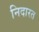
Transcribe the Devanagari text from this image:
निदारत